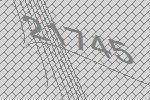
21745